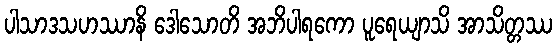
ပါသာဒသဟဿာနိ ဒေါသောတိ အဘိပါရကော ပူရေယျာသိ အာသိတ္တဿ